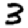
Digit: 3